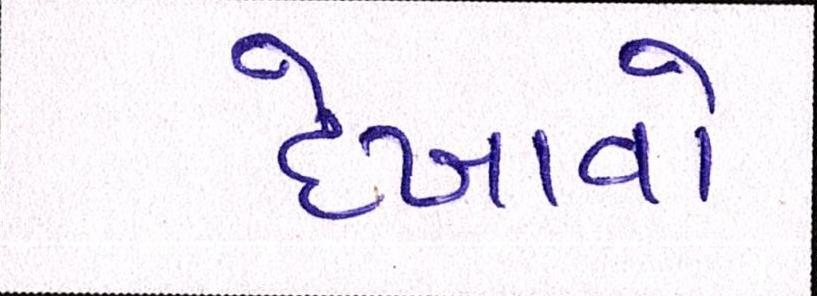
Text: દેખાવો